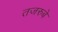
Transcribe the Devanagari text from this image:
तजरुबे